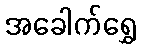
အခေါက်ရွှေ